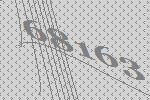
68163